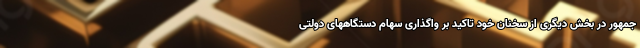
جمهور در بخش دیگری از سخنان خود تاکید بر واگذاری سهام دستگاههای دولتی